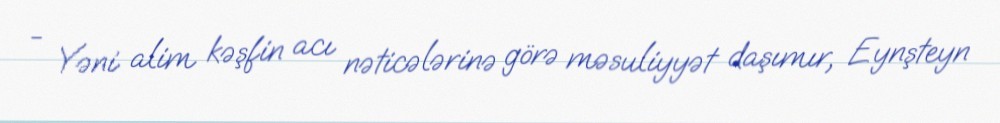
- Yəni alim kəşfin acı nəticələrinə görə məsuliyyət daşımır, Eynşteyn